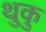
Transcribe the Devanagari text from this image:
थुकु